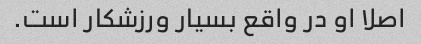
اصلا او در واقع بسیار ورزشکار است.